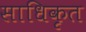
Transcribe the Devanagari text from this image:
साधिकृत